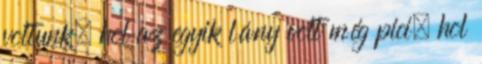
voltunk, hol az egyik lány volt még pici, hol